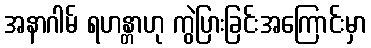
အနာဂါမ် ရဟန္တာဟု ကွဲပြားခြင်းအကြောင်းမှာ